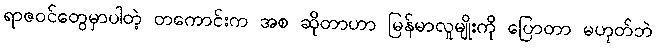
ရာဇဝင်တွေမှာပါတဲ့ တကောင်းက အစ ဆိုတာဟာ မြန်မာလူမျိုးကို ပြောတာ မဟုတ်ဘဲ